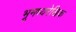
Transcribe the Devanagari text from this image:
भूमध्यरेखिक